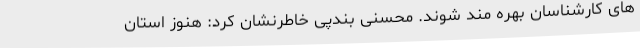
های کارشناسان بهره مند شوند. محسنی بندپی خاطرنشان کرد: هنوز استان